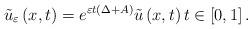
LaTeX: \begin{align*}\tilde{u}_{\varepsilon }\left( x,t\right) =e^{\varepsilon t\left( \Delta+A\right) }\tilde{u}\left( x,t\right) t\in \left[ 0,1\right] . \end{align*}